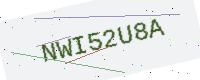
Text: NWI52U8A